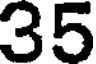
35